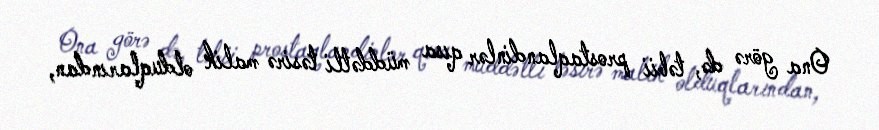
Ona görə də, təbii prostaqlandinlər qısa müddətli təsirə malik olduqlarından,